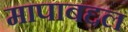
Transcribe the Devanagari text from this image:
मापाबद्दल